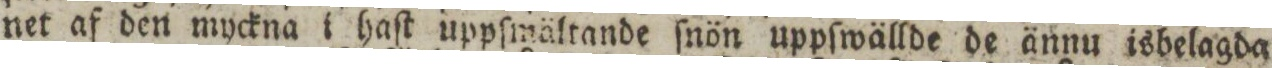
net af den myckna i haſt uppſmältande ſnön uppſwällde de ännu isbelagda